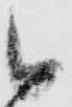
候